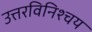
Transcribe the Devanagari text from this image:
उत्तरविनिश्चय